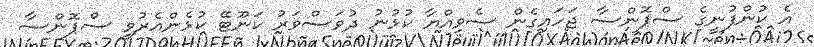
އެ ކުންފުނީގެ ސްޕޮންސާ ޖަހައިގެން ސެވިއްޔާ ކުޅުނު ދުވަސްވަރު ކަނޫޓޭ ކުޅެންއެރުވީ ސްޕޮންސާ